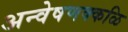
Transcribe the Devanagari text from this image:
अन्वेषणक्कळि